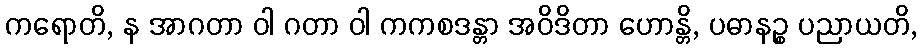
ကရောတိ, န အာဂတာ ဝါ ဂတာ ဝါ ကကစဒန္တာ အဝိဒိတာ ဟောန္တိ, ပဓာနဉ္စ ပညာယတိ,